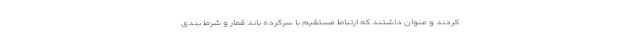
کردند و عنوان داشتند که ارتباط مستقیم با سرکرده باند قمار و شرط بندی